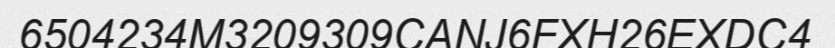
6504234M3209309CANJ6FXH26EXDC4